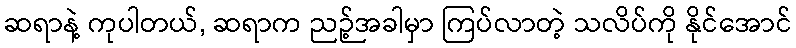
ဆရာနဲ့ ကုပါတယ်, ဆရာက ညဉ့်အခါမှာ ကြပ်လာတဲ့ သလိပ်ကို နိုင်အောင်